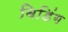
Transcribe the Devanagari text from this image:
बिडिंग